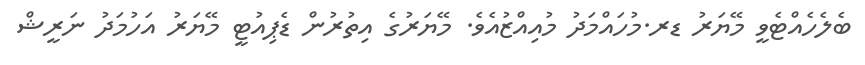
ބެލެހެއްޓެވީ މޭޔަރު ޑރ.މުހައްމަދު މުއިއްޒުއެވެ. މޭޔަރުގެ އިތުރުން ޑެޕިއުޓީ މޭޔަރު އަހުމަދު ނަރީޝް